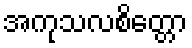
အကုသလစိတ္တော